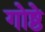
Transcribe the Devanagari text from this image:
गोष्ठे